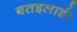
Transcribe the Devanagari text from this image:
बतइलाई।